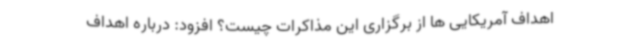
اهداف آمریکایی ها از برگزاری این مذاکرات چیست؟ افزود: درباره اهداف